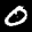
Label: 0